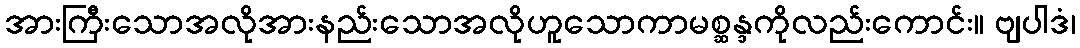
အားကြီးသောအလိုအားနည်းသောအလိုဟူသောကာမစ္ဆန္ဒကိုလည်းကောင်း။ ဗျပါဒံ၊